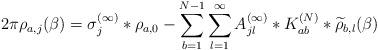
LaTeX: \begin{align*}2\pi {\rho}_{a,j}(\beta) = \sigma_j^{(\infty)} * \rho_{a,0} - \sum_{b=1}^{N-1}\sum_{l=1}^\infty A_{jl}^{(\infty)} * K_{ab}^{(N)} * \widetilde\rho_{b,l}(\beta)\end{align*}